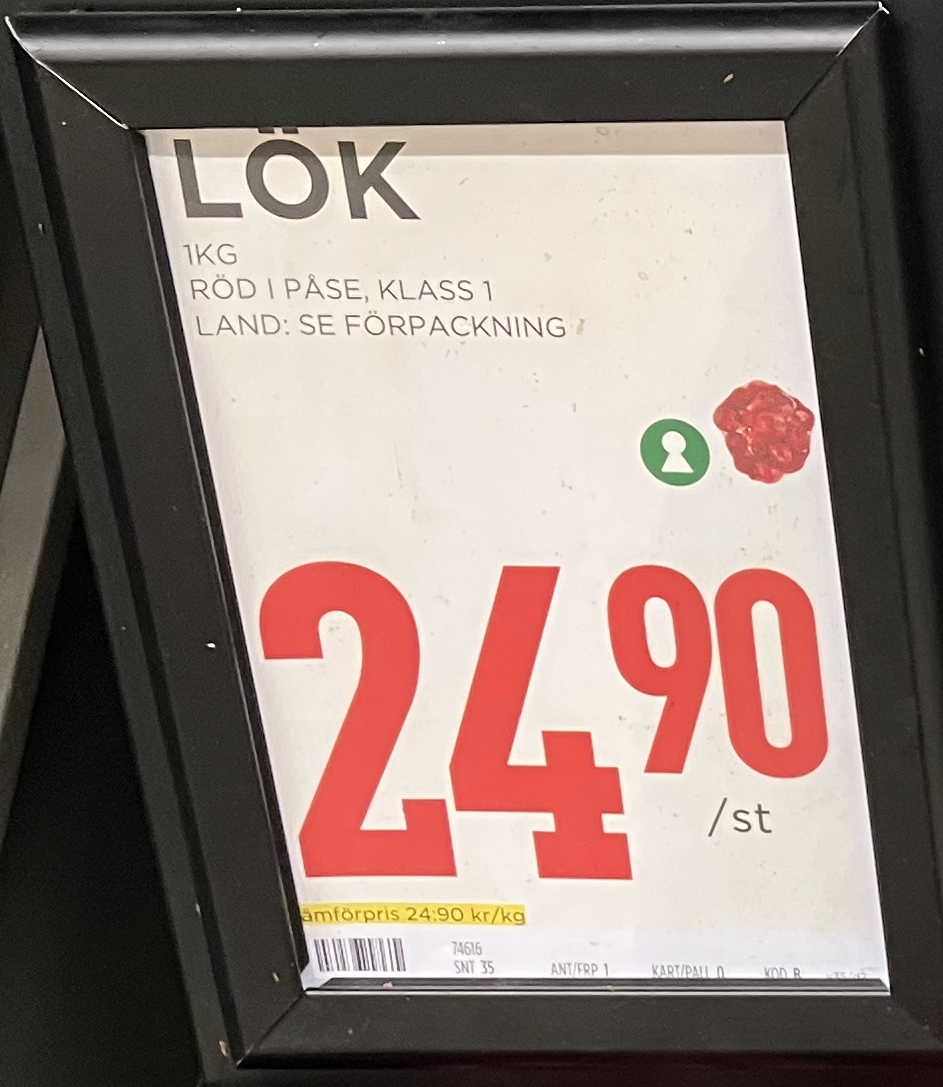
Vara: Lök
Genomsnittspris: 24.9 per kg